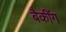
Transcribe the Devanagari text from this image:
बैकींग